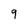
Character: 9